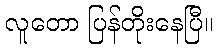
လူတော ပြန်တိုးနေပြီ။